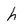
Character: h